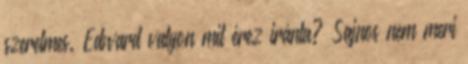
szerelmes. Edward valyon mit érez iránta? Sajnos nem meri